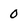
Character: 0